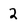
Character: 2